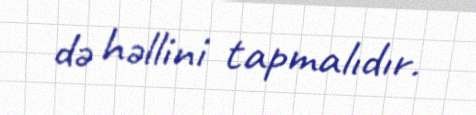
də həllini tapmalıdır.